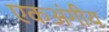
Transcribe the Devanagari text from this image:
एकअंगीय